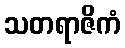
သတရာဇိကံ